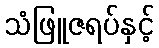
သံဖြူဇရပ်နှင့်